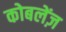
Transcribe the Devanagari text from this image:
कोबलेंज़